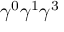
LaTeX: \gamma ^ { 0 } \gamma ^ { 1 } \gamma ^ { 3 }